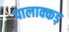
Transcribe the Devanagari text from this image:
पालाक्कड़